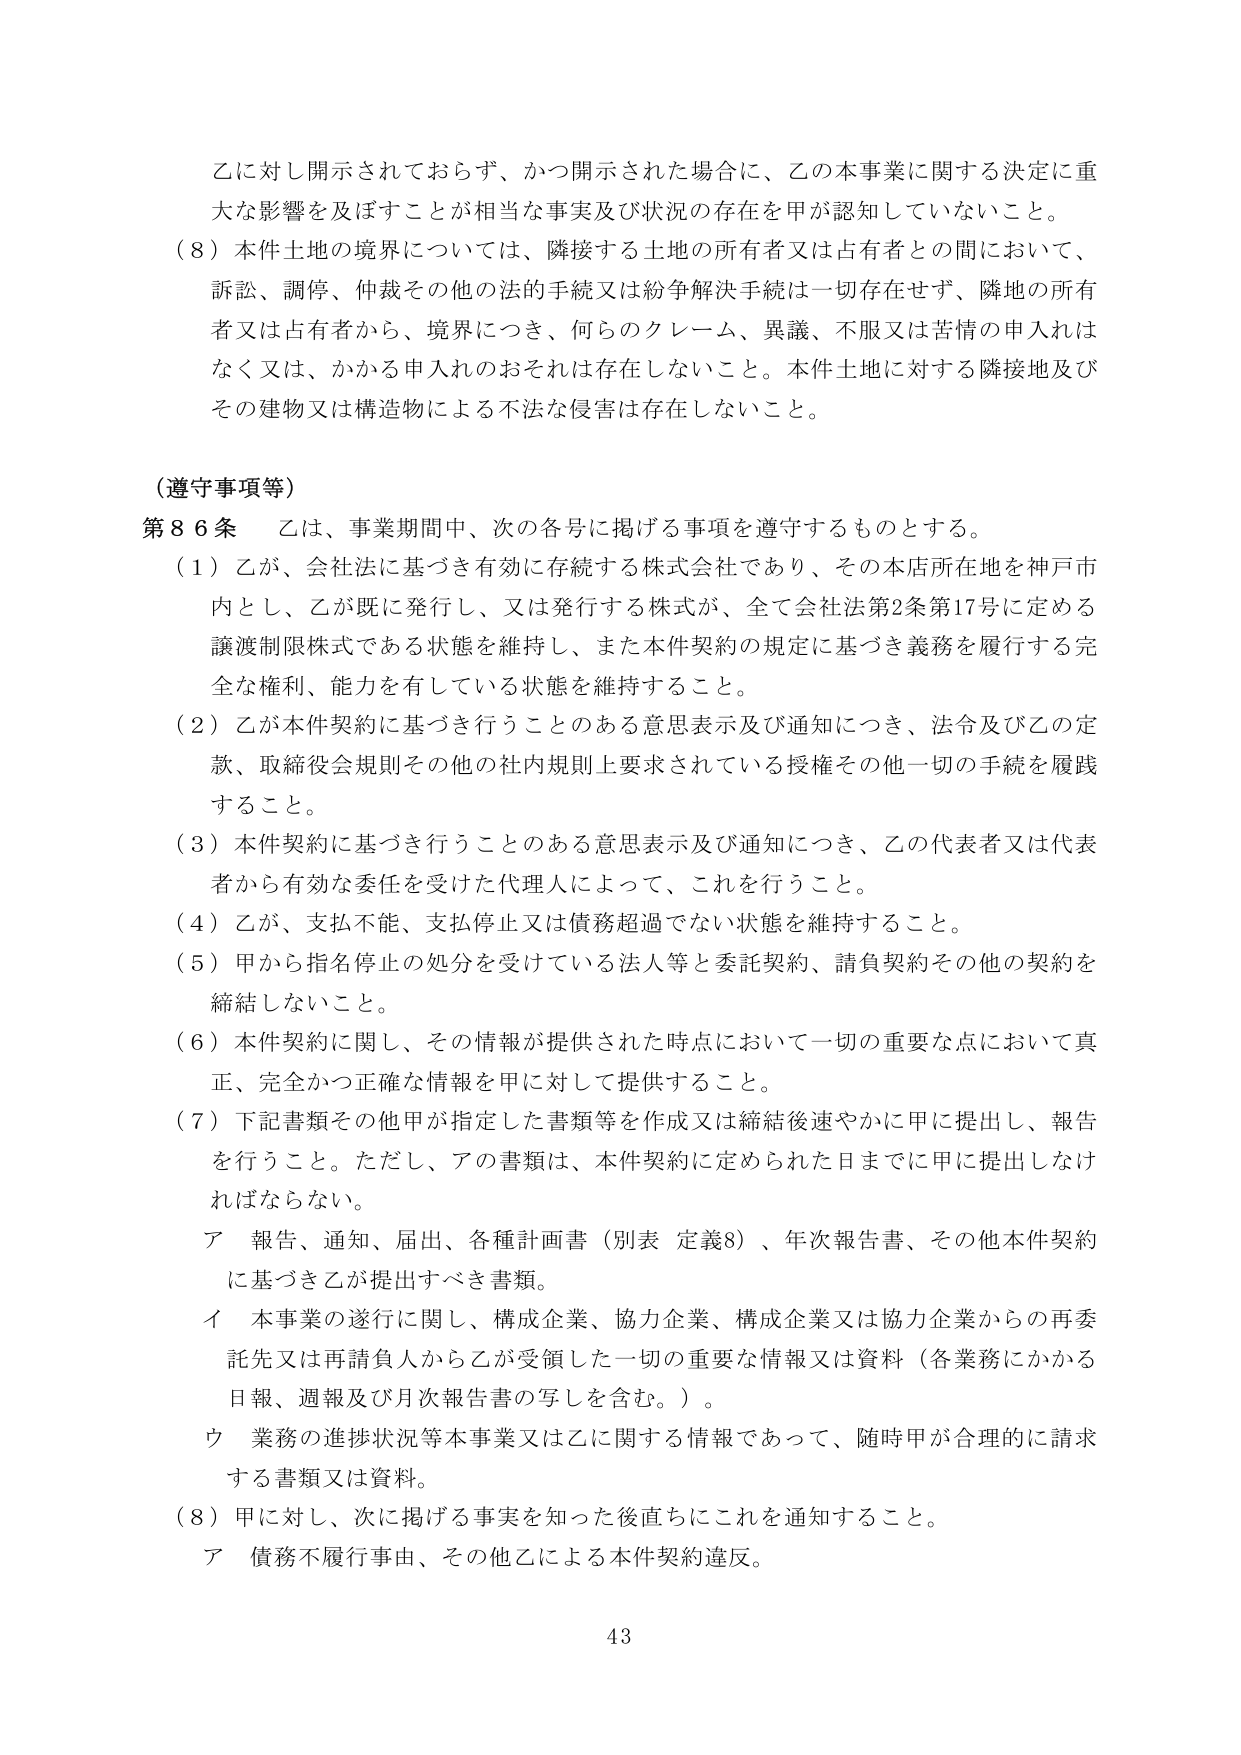
乙に対し開示されておらず、かつ開示された場合に、乙の本事業に関する決定に重大な影響を及ぼすことが相当な事実及び状況の存在を甲が認知していないこと。

（８）本件土地の境界については、隣接する土地の所有者又は占有者との間において、訴訟、調停、仲裁その他の法的手続又は紛争解決手続は一切存在せず、隣地の所有者又は占有者から、境界につき、何らのクレーム、異議、不服又は苦情の申入れはなく又は、かかる申入れのおそれは存在しないこと。本件土地に対する隣接地及びその建物又は構造物による不法な侵害は存在しないこと。

（遵守事項等）

第８６条　乙は、事業期間中、次の各号に掲げる事項を遵守するものとする。

（１）乙が、会社法に基づき有効に存続する株式会社であり、その本店所在地を神戸市内とし、乙が既に発行し、又は発行する株式が、全て会社法第2条第17号に定める譲渡制限株式である状態を維持し、また本件契約の規定に基づき義務を履行する完全な権利、能力を有している状態を維持すること。

（２）乙が本件契約に基づき行うことのある意思表示及び通知につき、法令及び乙の定款、取締役会規則その他の社内規則上要求されている授権その他一切の手続を履践すること。

（３）本件契約に基づき行うことのある意思表示及び通知につき、乙の代表者又は代表者から有効な委任を受けた代理人によって、これを行うこと。

（４）乙が、支払不能、支払停止又は債務超過でない状態を維持すること。

（５）甲から指名停止の処分を受けている法人等と委託契約、請負契約その他の契約を締結しないこと。

（６）本件契約に関し、その情報が提供された時点において一切の重要な点において真正、完全かつ正確な情報を甲に対して提供すること。

（７）下記書類その他甲が指定した書類等を作成又は締結後速やかに甲に提出し、報告を行うこと。ただし、アの書類は、本件契約に定められた日までに甲に提出しなければならない。

　ア　報告、通知、届出、各種計画書（別表 定義8）、年次報告書、その他本件契約に基づき乙が提出すべき書類。

　イ　本事業の遂行に関し、構成企業、協力企業、構成企業又は協力企業からの再委託先又は再請負人から乙が受領した一切の重要な情報又は資料（各業務にかかる日報、週報及び月次報告書の写しを含む。）。

　ウ　業務の進捗状況等本事業又は乙に関する情報であって、随時甲が合理的に請求する書類又は資料。

（８）甲に対し、次に掲げる事実を知った後直ちにこれを通知すること。

　ア　債務不履行事由、その他乙による本件契約違反。

43